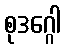
စုဒဂ္ဂေါ